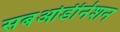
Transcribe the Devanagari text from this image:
सबओर्डीनेशन